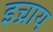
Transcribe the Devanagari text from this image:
इच्राय